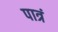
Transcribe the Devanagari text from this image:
पात्रं